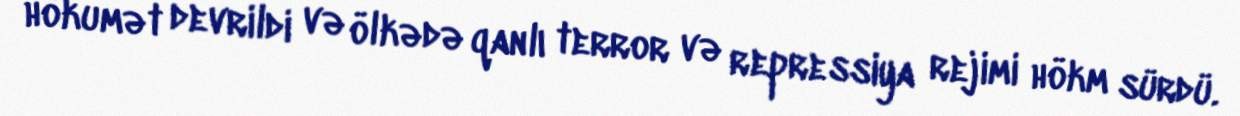
hökumət devrildi və ölkədə qanlı terror və repressiya rejimi hökm sürdü.